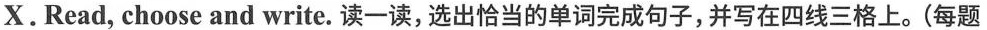
X.Read, choose and write.读一读,选出恰当的单词完成句子,并写在四线三格上.(每题